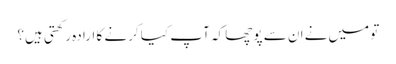
تو میں‌نے ان سے پوچھا کہ آپ کیا کرنے کا ارادہ رکھتی ہیں؟